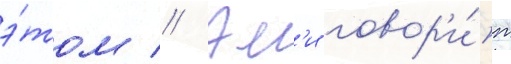
э́том // Эм'и говор'и́т